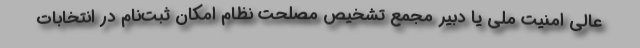
عالی امنیت ملی یا دبیر مجمع تشخیص مصلحت نظام امکان ثبت‌نام در انتخابات